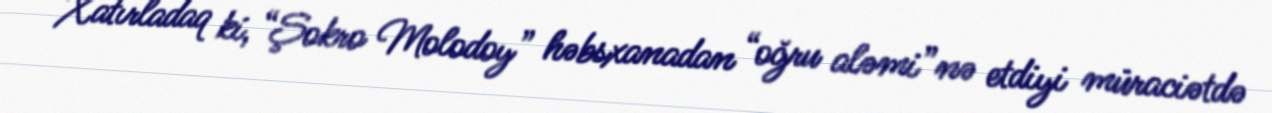
Xatırladaq ki, “Şokro Molodoy” həbsxanadan “oğru aləmi”nə etdiyi müraciətdə